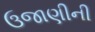
ઉજાણીની